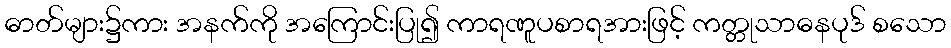
ဓာတ်များ၌ကား အနက်ကို အကြောင်းပြု၍ ကာရဏူပစာရအားဖြင့် ကတ္တုသာဓနပုဒ် စသော